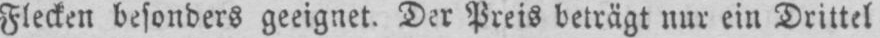
Flecken besonders geeignet. Der Preis beträgt nur ein Drittel